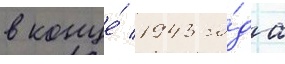
в конце́ 1943 го́да